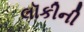
લૉકીની